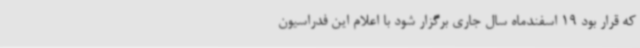
که قرار بود 19 اسفندماه سال جاری برگزار شود با اعلام این فدراسیون